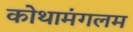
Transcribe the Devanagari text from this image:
कोथामंगलम